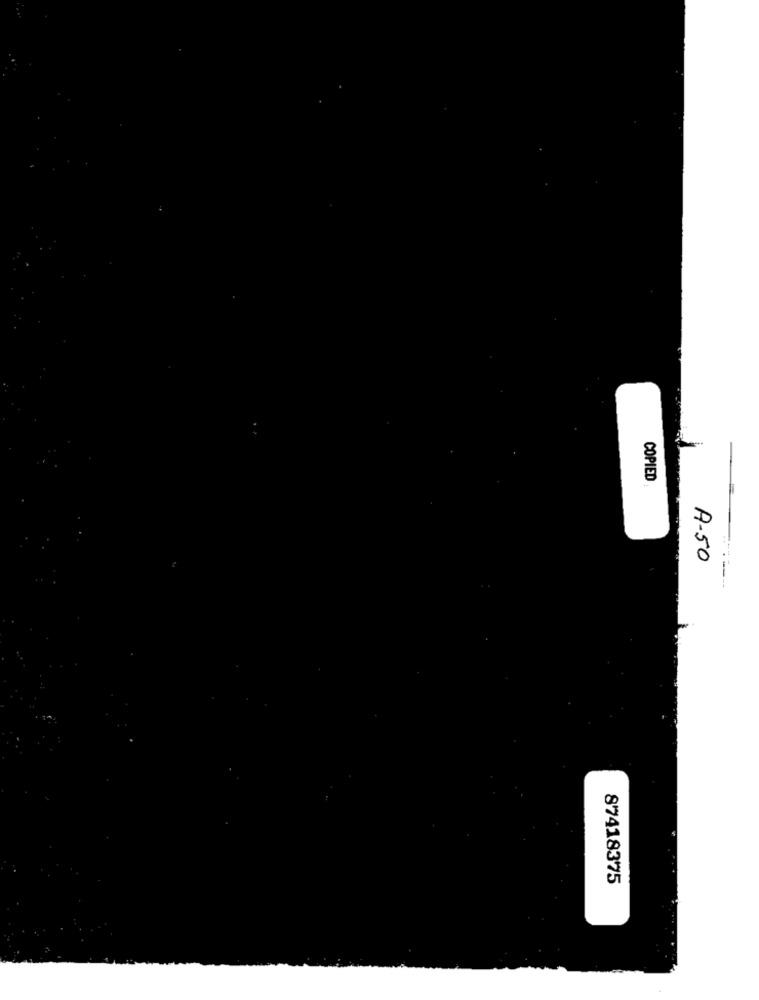
COPIED
A-50
87418375